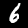
Label: 6